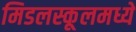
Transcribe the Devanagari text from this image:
मिडलस्कूलमध्ये